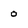
Character: 0